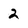
Character: 2